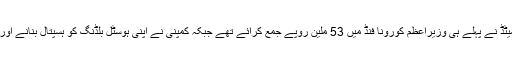
اسی طرح آئل اینڈ گیس ڈویلپمنٹ کمپنی لمیٹڈ نے پہلے ہی وزیراعظم کورونا فنڈ میں 53 ملین روپے جمع کرائے تھے جبکہ کمپنی نے اپنی ہوسٹل بلڈنگ کو ہسپتال بنانے اور دیگر طبی سہولیات کی پیشکش کی تھی۔